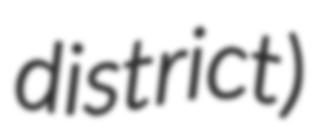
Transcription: district)